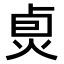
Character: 𤈴